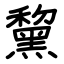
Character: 黧